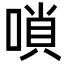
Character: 嗩